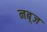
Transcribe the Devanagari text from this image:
नब़्ज